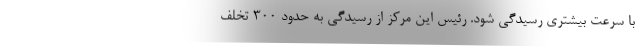
با سرعت بیشتری رسیدگی شود. رئیس این مرکز از رسیدگی به حدود 300 تخلف